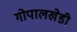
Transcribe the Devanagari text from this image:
गोपालखेडी